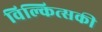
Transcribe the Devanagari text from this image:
विल्कित्सकी